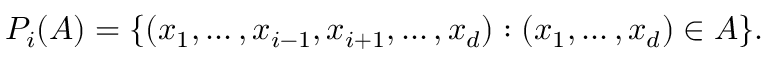
P _ { i } ( A ) = \{ ( x _ { 1 } , \ldots , x _ { i - 1 } , x _ { i + 1 } , \ldots , x _ { d } ) : ( x _ { 1 } , \ldots , x _ { d } ) \in A \} .